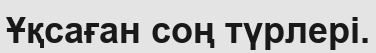
Ұқсаған соң түрлері.